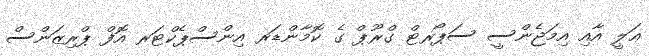
ޢަލީ އާއި އިމަޖެންސީ ސަޕޯރޓް ގްރޫޕް ގެ ކޮމާންޑަރ އިންސްޕެކްޓަރ އޮފް ޕްރިޒަންސް